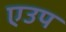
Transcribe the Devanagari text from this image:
एउप